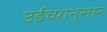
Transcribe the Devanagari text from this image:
उर्डच्यानुसार